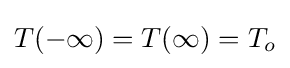
T(-\infty )=T(\infty )=T_{o}